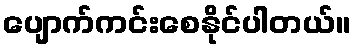
ပျောက်ကင်းစေနိုင်ပါတယ်။